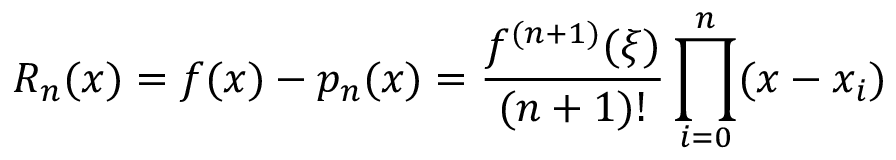
R _ { n } ( x ) = f ( x ) - p _ { n } ( x ) = { \frac { f ^ { ( n + 1 ) } ( \xi ) } { ( n + 1 ) ! } } \prod _ { i = 0 } ^ { n } ( x - x _ { i } )